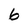
Character: 6